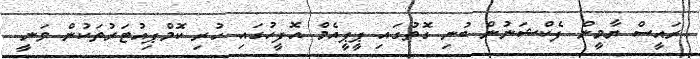
ރައީސް ޔާމީން ފެކްޝަނުން ބުނި ގޮތުގައި ޕީޕީއެމް އޮފީހުގައި ހުރި ކޮމްޕިއުޓަރުތަކުން ވަނީ